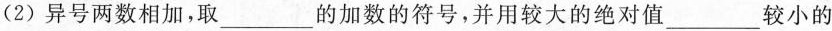
(2)异号两数相加，取___的加数的符号，并用较大的绝对值___较小的